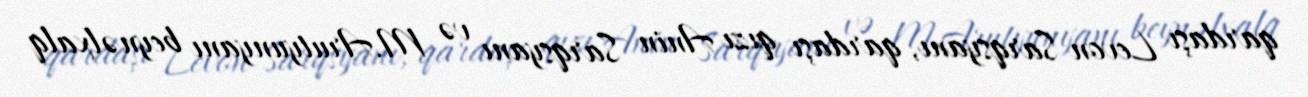
qardaşı Levon Sarqsyanı, qardaşı qızı Anin Sarqsyanı və M.Arutyunyanı beynəlxalq